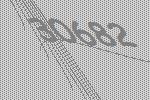
30682